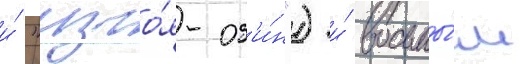
и́ "изго́я-од'и́н") и́ восьмы́м